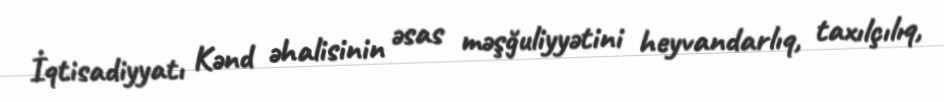
İqtisadiyyatı Kənd əhalisinin əsas məşğuliyyətini heyvandarlıq, taxılçılıq,